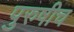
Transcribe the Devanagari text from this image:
पुरुषीच